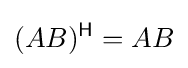
(AB)^{\mathsf {H}}=AB